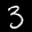
Label: 3